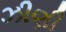
ઝીણી